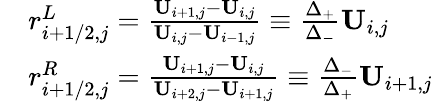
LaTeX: \begin{array}{rl}&{r_{i+1/2,j}^{L}=\frac{\mathbf{U}_{i+1,j}-\mathbf{U}_{i,j}}{\mathbf{U}_{i,j}-\mathbf{U}_{i-1,j}}\equiv\frac{\Delta_{+}}{\Delta_{-}}\mathbf{U}_{i,j}}\\ &{r_{i+1/2,j}^{R}=\frac{\mathbf{U}_{i+1,j}-\mathbf{U}_{i,j}}{\mathbf{U}_{i+2,j}-\mathbf{U}_{i+1,j}}\equiv\frac{\Delta_{-}}{\Delta_{+}}\mathbf{U}_{i+1,j}}\end{array}